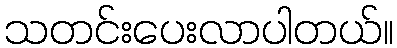
သတင်းပေးလာပါတယ်။